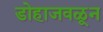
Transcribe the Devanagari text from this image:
डोहाजवळून